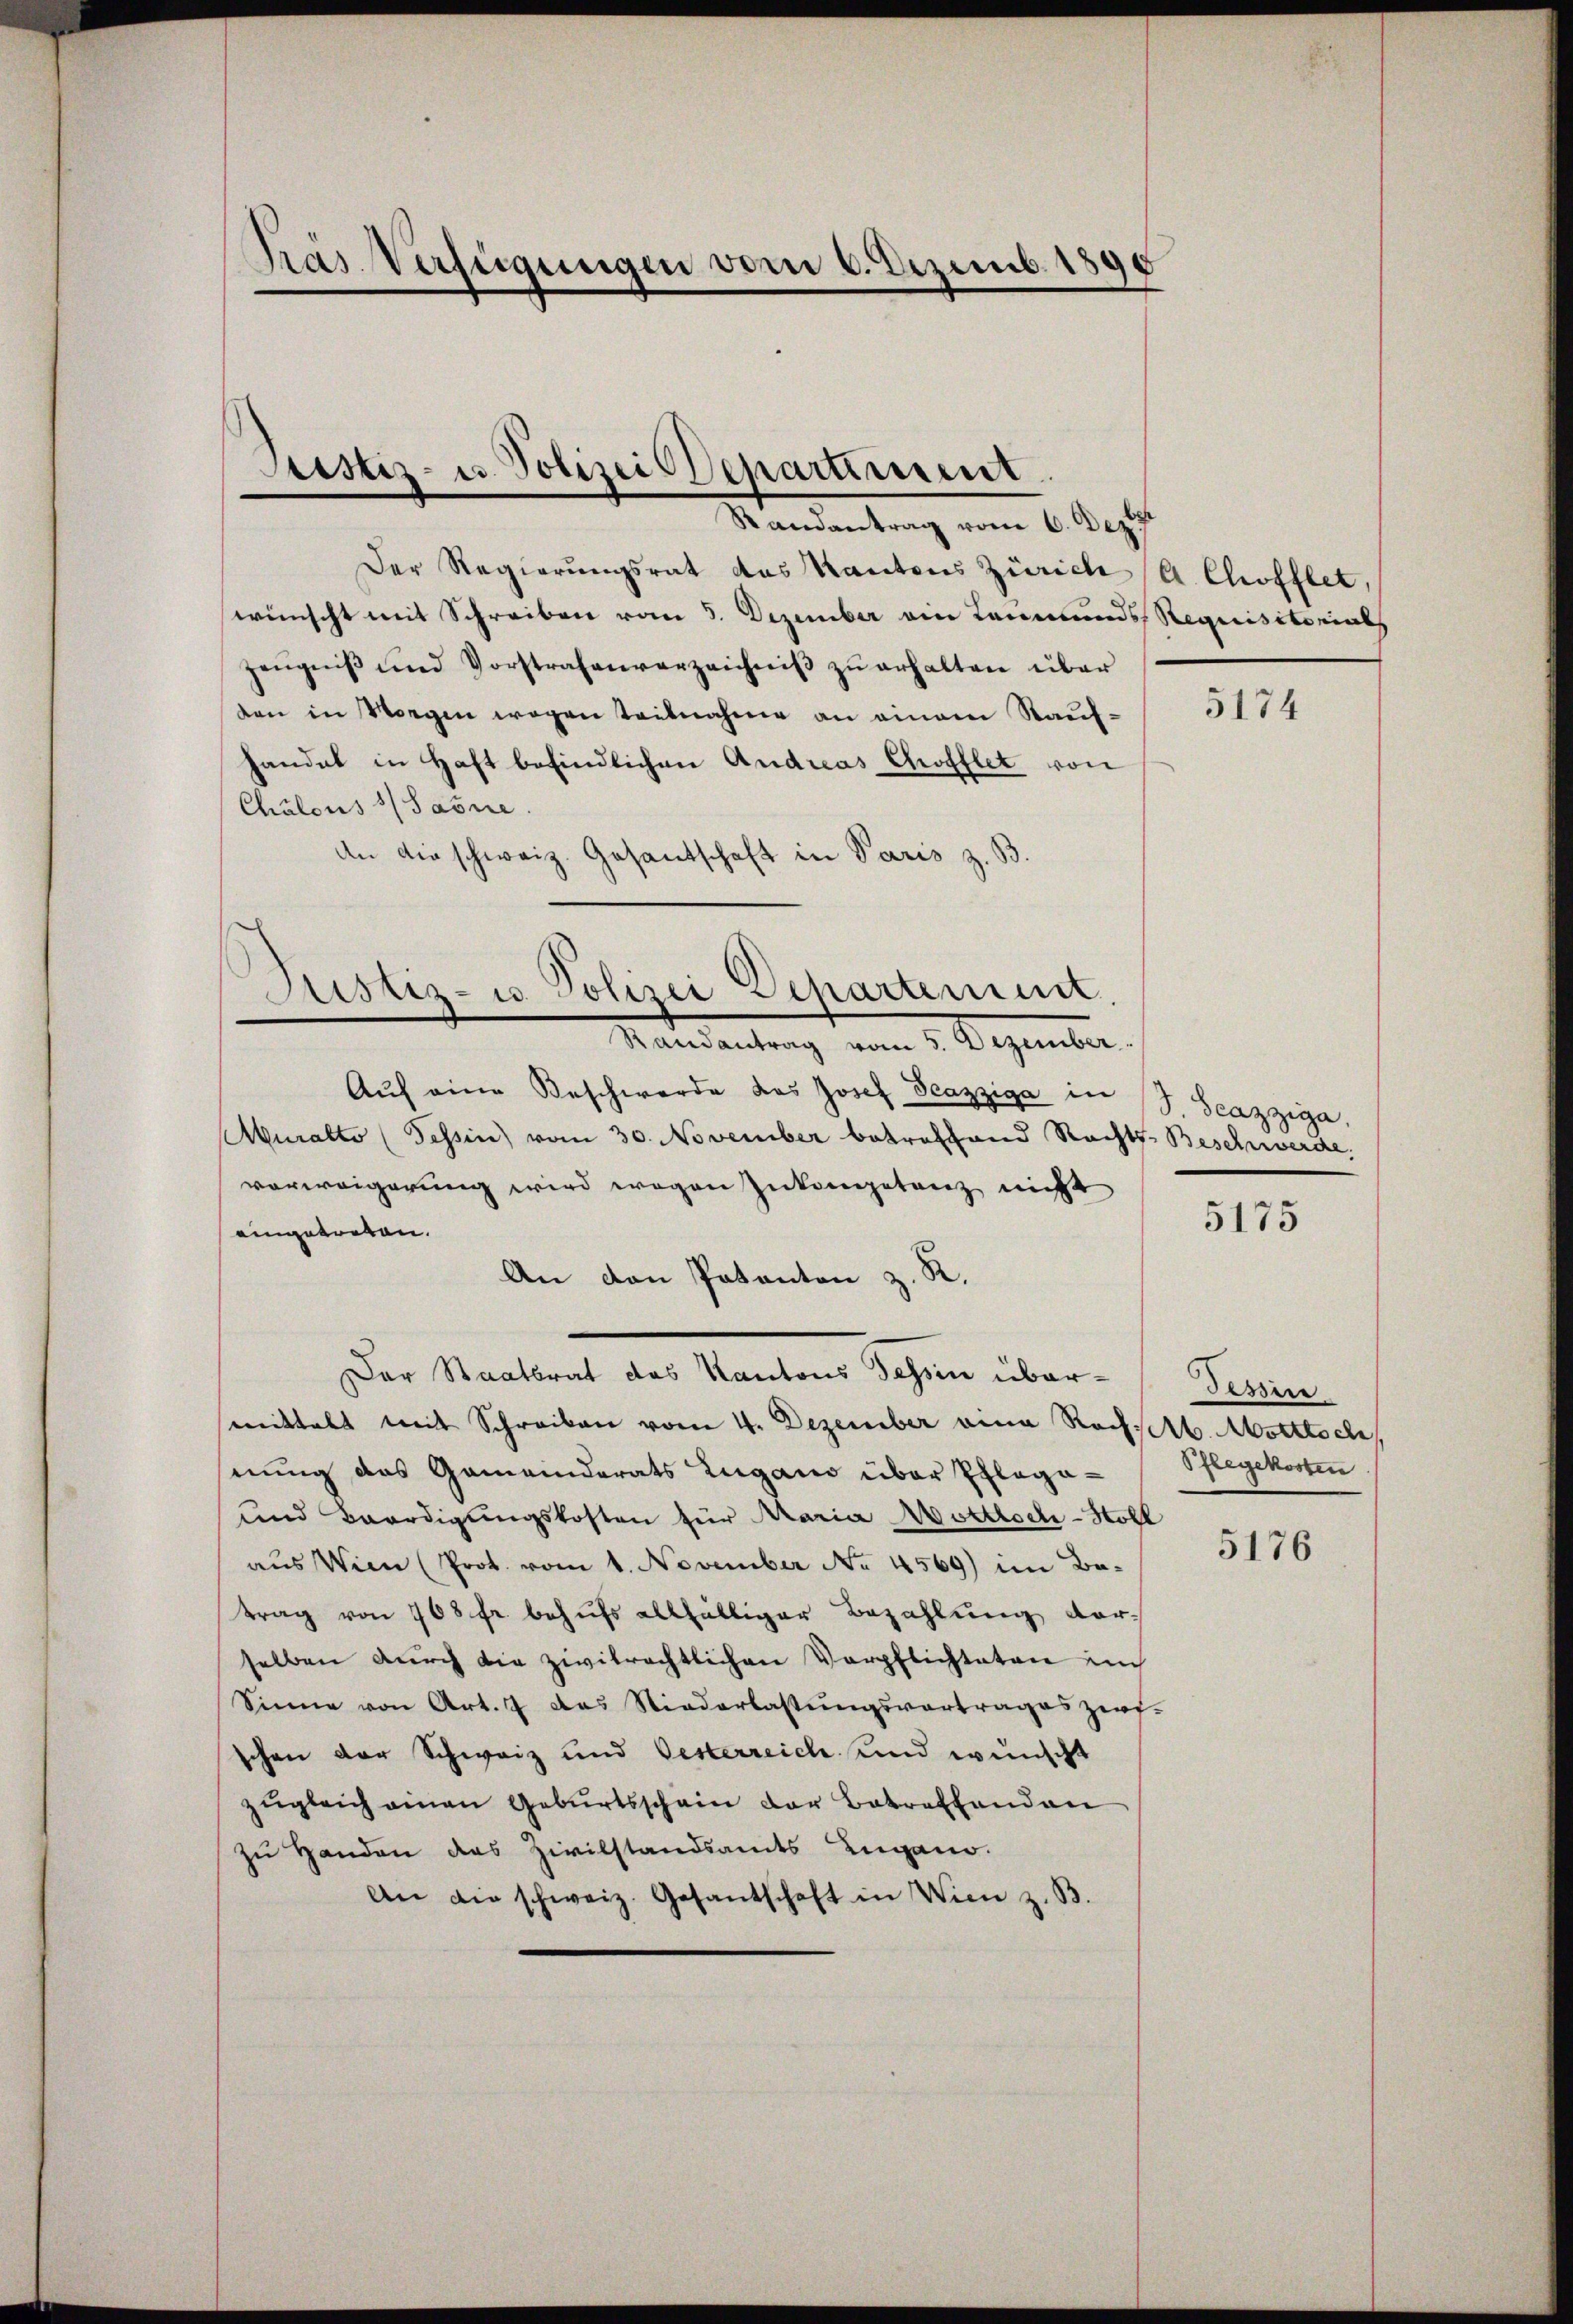
Pras Verfügungen vom 6. Dezemb. 1890

Prestiz- u. Polizei Departiment.
Randantrag vom 6. Dez.

Justiz- u. Polizei Departement.
Mandantung vom 1. Dezember.

Der Regierŭngsrat des Kantons Zürich (A. Chöfflet,
wünscht mit Schreiben vom 3. Dezember ein Leumunds Requisitorial
zeŭgniβ und Vorstrafenverzeichniβ zŭ erhalten über
den in Morgen wegen Teilnahme an einem Kauf-
handel in Haft befindlichen Andreas Chöfflet von
Chalons Sarne
An die schweiz. Gesandschaft in Paris z. B.
Aŭf eine Beschwerde das Josef Teazziga in 3 Seazziga
Muralto (Tessin vom 30. November betreffend Rechts-Beschwerde,
vorweigerung wird wegen Inkompetenz nicht
eingetreten.
An den Pakanton z. R.
Der Staatsrat das Kantons Tessin übermittels mit Schreiben vom 4. Dezember eina Roch selb. Motttoch
nung das Gemeinderats Lugano über Pflega-
und Beerdigŭngskosten für Maria Mottlochi-Holl
aus Wien (Prot. vom 1. November No. 4569) im Be-
trag von 168 fr behufs allfälliger Bezahlung vorselben durch die zivilrechtlichen Verpflichteten im
Sinne von Art. 7 das Niederlastungsvortrages zerf-
schen der Schweiz und Oesterreich und wünscht
zŭgleich einen Geburtsschein der Betreffenden
zu Handen das Zivilstandsandts Lugano.
An die schweiz. Gesantschaft in Wien z. B.

5174

5175

Tessine
Pflegekosten

5176